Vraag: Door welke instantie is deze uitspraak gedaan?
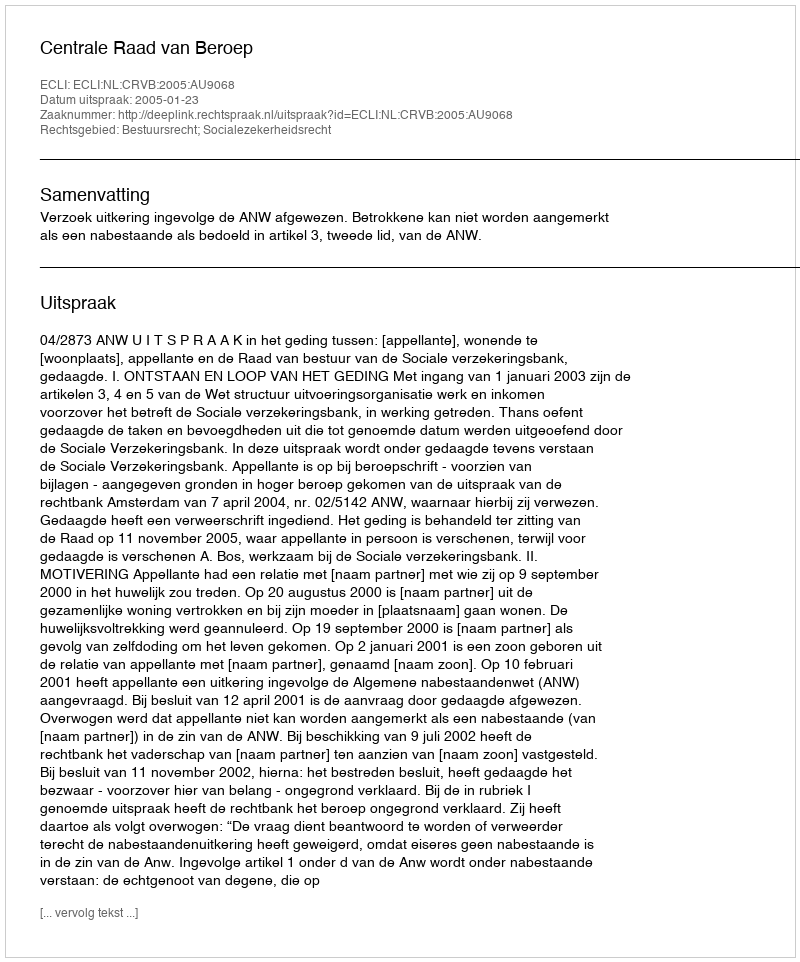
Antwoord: Centrale Raad van Beroep